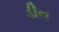
ડીન